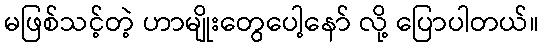
မဖြစ်သင့်တဲ့ ဟာမျိုးတွေပေါ့နော် လို့ ပြောပါတယ်။